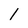
Character: l